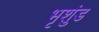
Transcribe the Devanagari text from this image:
भृशुंड